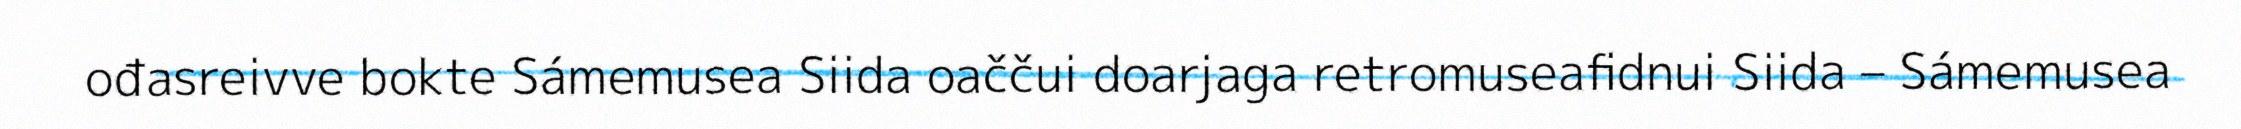
ođasreivve bokte Sámemusea Siida oaččui doarjaga retromuseafidnui Siida – Sámemusea